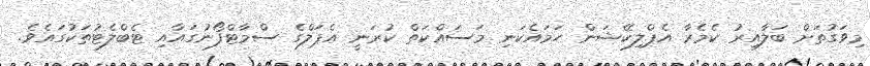
މިވަގުތަށް ބަލާއިރު ކެމެރާ އެޕްލިކޭޝަން ހަމައެކަނި މަސައްކަތް ކުރަނީ އެޕަލްގެ ސްމާޓްފޯނުގައާއި ޓެބްލެޓުތަކުގައެވެ.